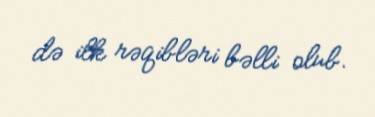
də ilk rəqibləri bəlli olub.